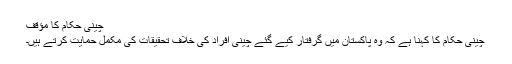
چینی حکام کا مؤقف
چینی حکام کا کہنا ہے کہ وہ پاکستان میں گرفتار کیے گئے چینی افراد کی خلاف تحقیقات کی مکمل حمایت کرتے ہیں۔